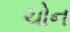
ચોન